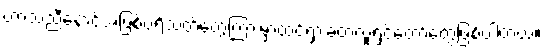
ဟာသညီနောင်အဖြစ်ပရိသတ်တွေကြားမှာထင်ရှားခဲ့တဲ့လူရွှင်တော်တွေဖြစ်ပါတယ်။